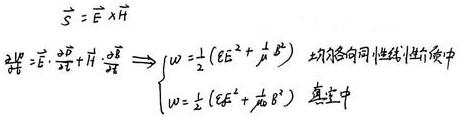
\[
\begin{align*}
\vec{S}&=\vec{E} \times \vec{H}\\
\frac{\partial w}{\partial t}&=\vec{E} \cdot \frac{\partial \vec{D}}{\partial t}+\vec{H} \cdot \frac{\partial \vec{B}}{\partial t} \Rightarrow
\begin{cases}
w=\frac{1}{2}\left(\varepsilon E^{2}+\frac{1}{\mu} B^{2}\right)\\
w=\frac{1}{2}\left(\varepsilon E^{2}+\frac{1}{\mu_{0}} B^{2}\right)
\end{cases}
\end{align*}
\]均匀各向同性线性介质中真空中